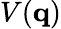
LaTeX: V(\mathbf{q})